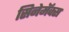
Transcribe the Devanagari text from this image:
सिनेमॅक्स